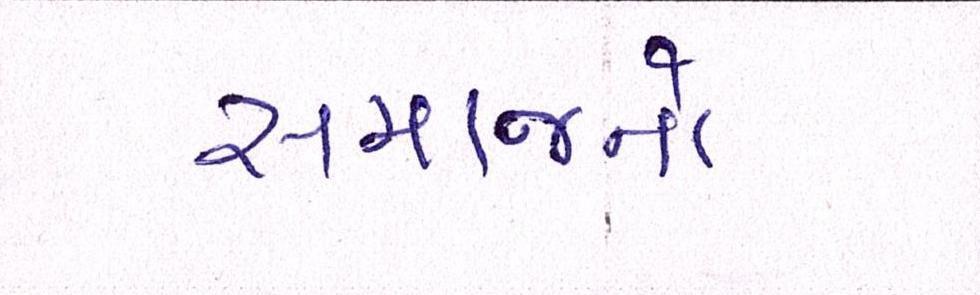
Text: સમાજનો